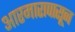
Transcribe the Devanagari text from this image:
आरमारापासून